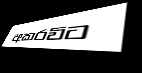
අකරවිට